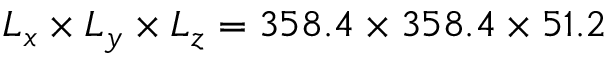
L _ { x } \times L _ { y } \times L _ { z } = 3 5 8 . 4 \times 3 5 8 . 4 \times 5 1 . 2